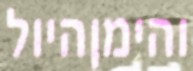
והימןהיול